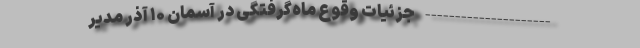
--------------------- جزئیات وقوع ماه‌گرفتگی در آسمان ۱۰ آذر مدیر